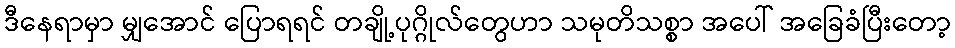
ဒီနေရာမှာ မျှအောင် ပြောရရင် တချို့ပုဂ္ဂိုလ်တွေဟာ သမုတိသစ္စာ အပေါ် အခြေခံပြီးတော့